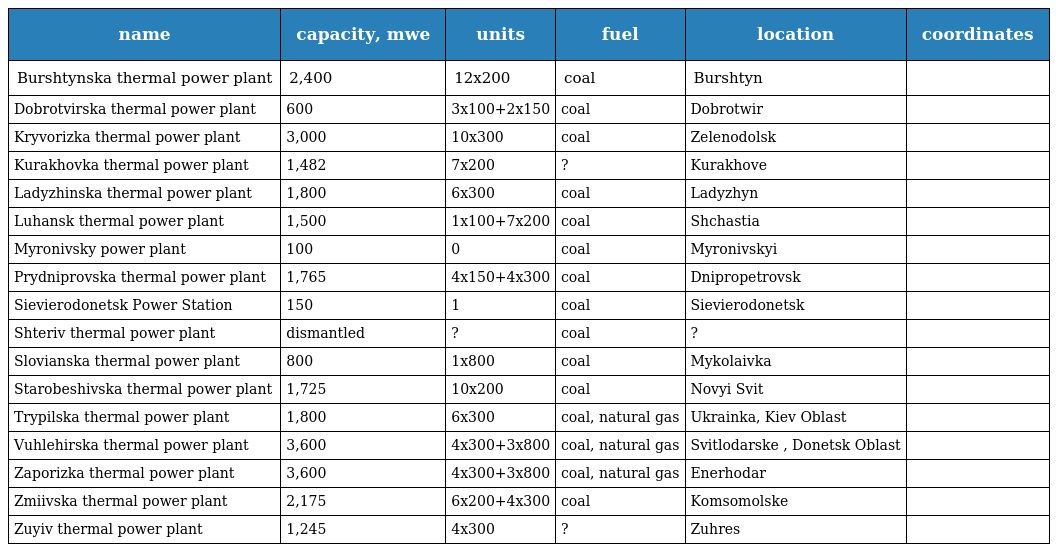
| name | capacity, mwe | units | fuel | location | coordinates |
 | --- | --- | --- | --- | --- | --- |
 | Burshtynska thermal power plant | 2,400 | 12x200 | coal | Burshtyn |  |
 | Dobrotvirska thermal power plant | 600 | 3x100+2x150 | coal | Dobrotwir |  |
 | Kryvorizka thermal power plant | 3,000 | 10x300 | coal | Zelenodolsk |  |
 | Kurakhovka thermal power plant | 1,482 | 7x200 | ? | Kurakhove |  |
 | Ladyzhinska thermal power plant | 1,800 | 6x300 | coal | Ladyzhyn |  |
 | Luhansk thermal power plant | 1,500 | 1x100+7x200 | coal | Shchastia |  |
 | Myronivsky power plant | 100 | 0 | coal | Myronivskyi |  |
 | Prydniprovska thermal power plant | 1,765 | 4x150+4x300 | coal | Dnipropetrovsk |  |
 | Sievierodonetsk Power Station | 150 | 1 | coal | Sievierodonetsk |  |
 | Shteriv thermal power plant | dismantled | ? | coal | ? |  |
 | Slovianska thermal power plant | 800 | 1x800 | coal | Mykolaivka |  |
 | Starobeshivska thermal power plant | 1,725 | 10x200 | coal | Novyi Svit |  |
 | Trypilska thermal power plant | 1,800 | 6x300 | coal, natural gas | Ukrainka, Kiev Oblast |  |
 | Vuhlehirska thermal power plant | 3,600 | 4x300+3x800 | coal, natural gas | Svitlodarske , Donetsk Oblast |  |
 | Zaporizka thermal power plant | 3,600 | 4x300+3x800 | coal, natural gas | Enerhodar |  |
 | Zmiivska thermal power plant | 2,175 | 6x200+4x300 | coal | Komsomolske |  |
 | Zuyiv thermal power plant | 1,245 | 4x300 | ? | Zuhres |  |